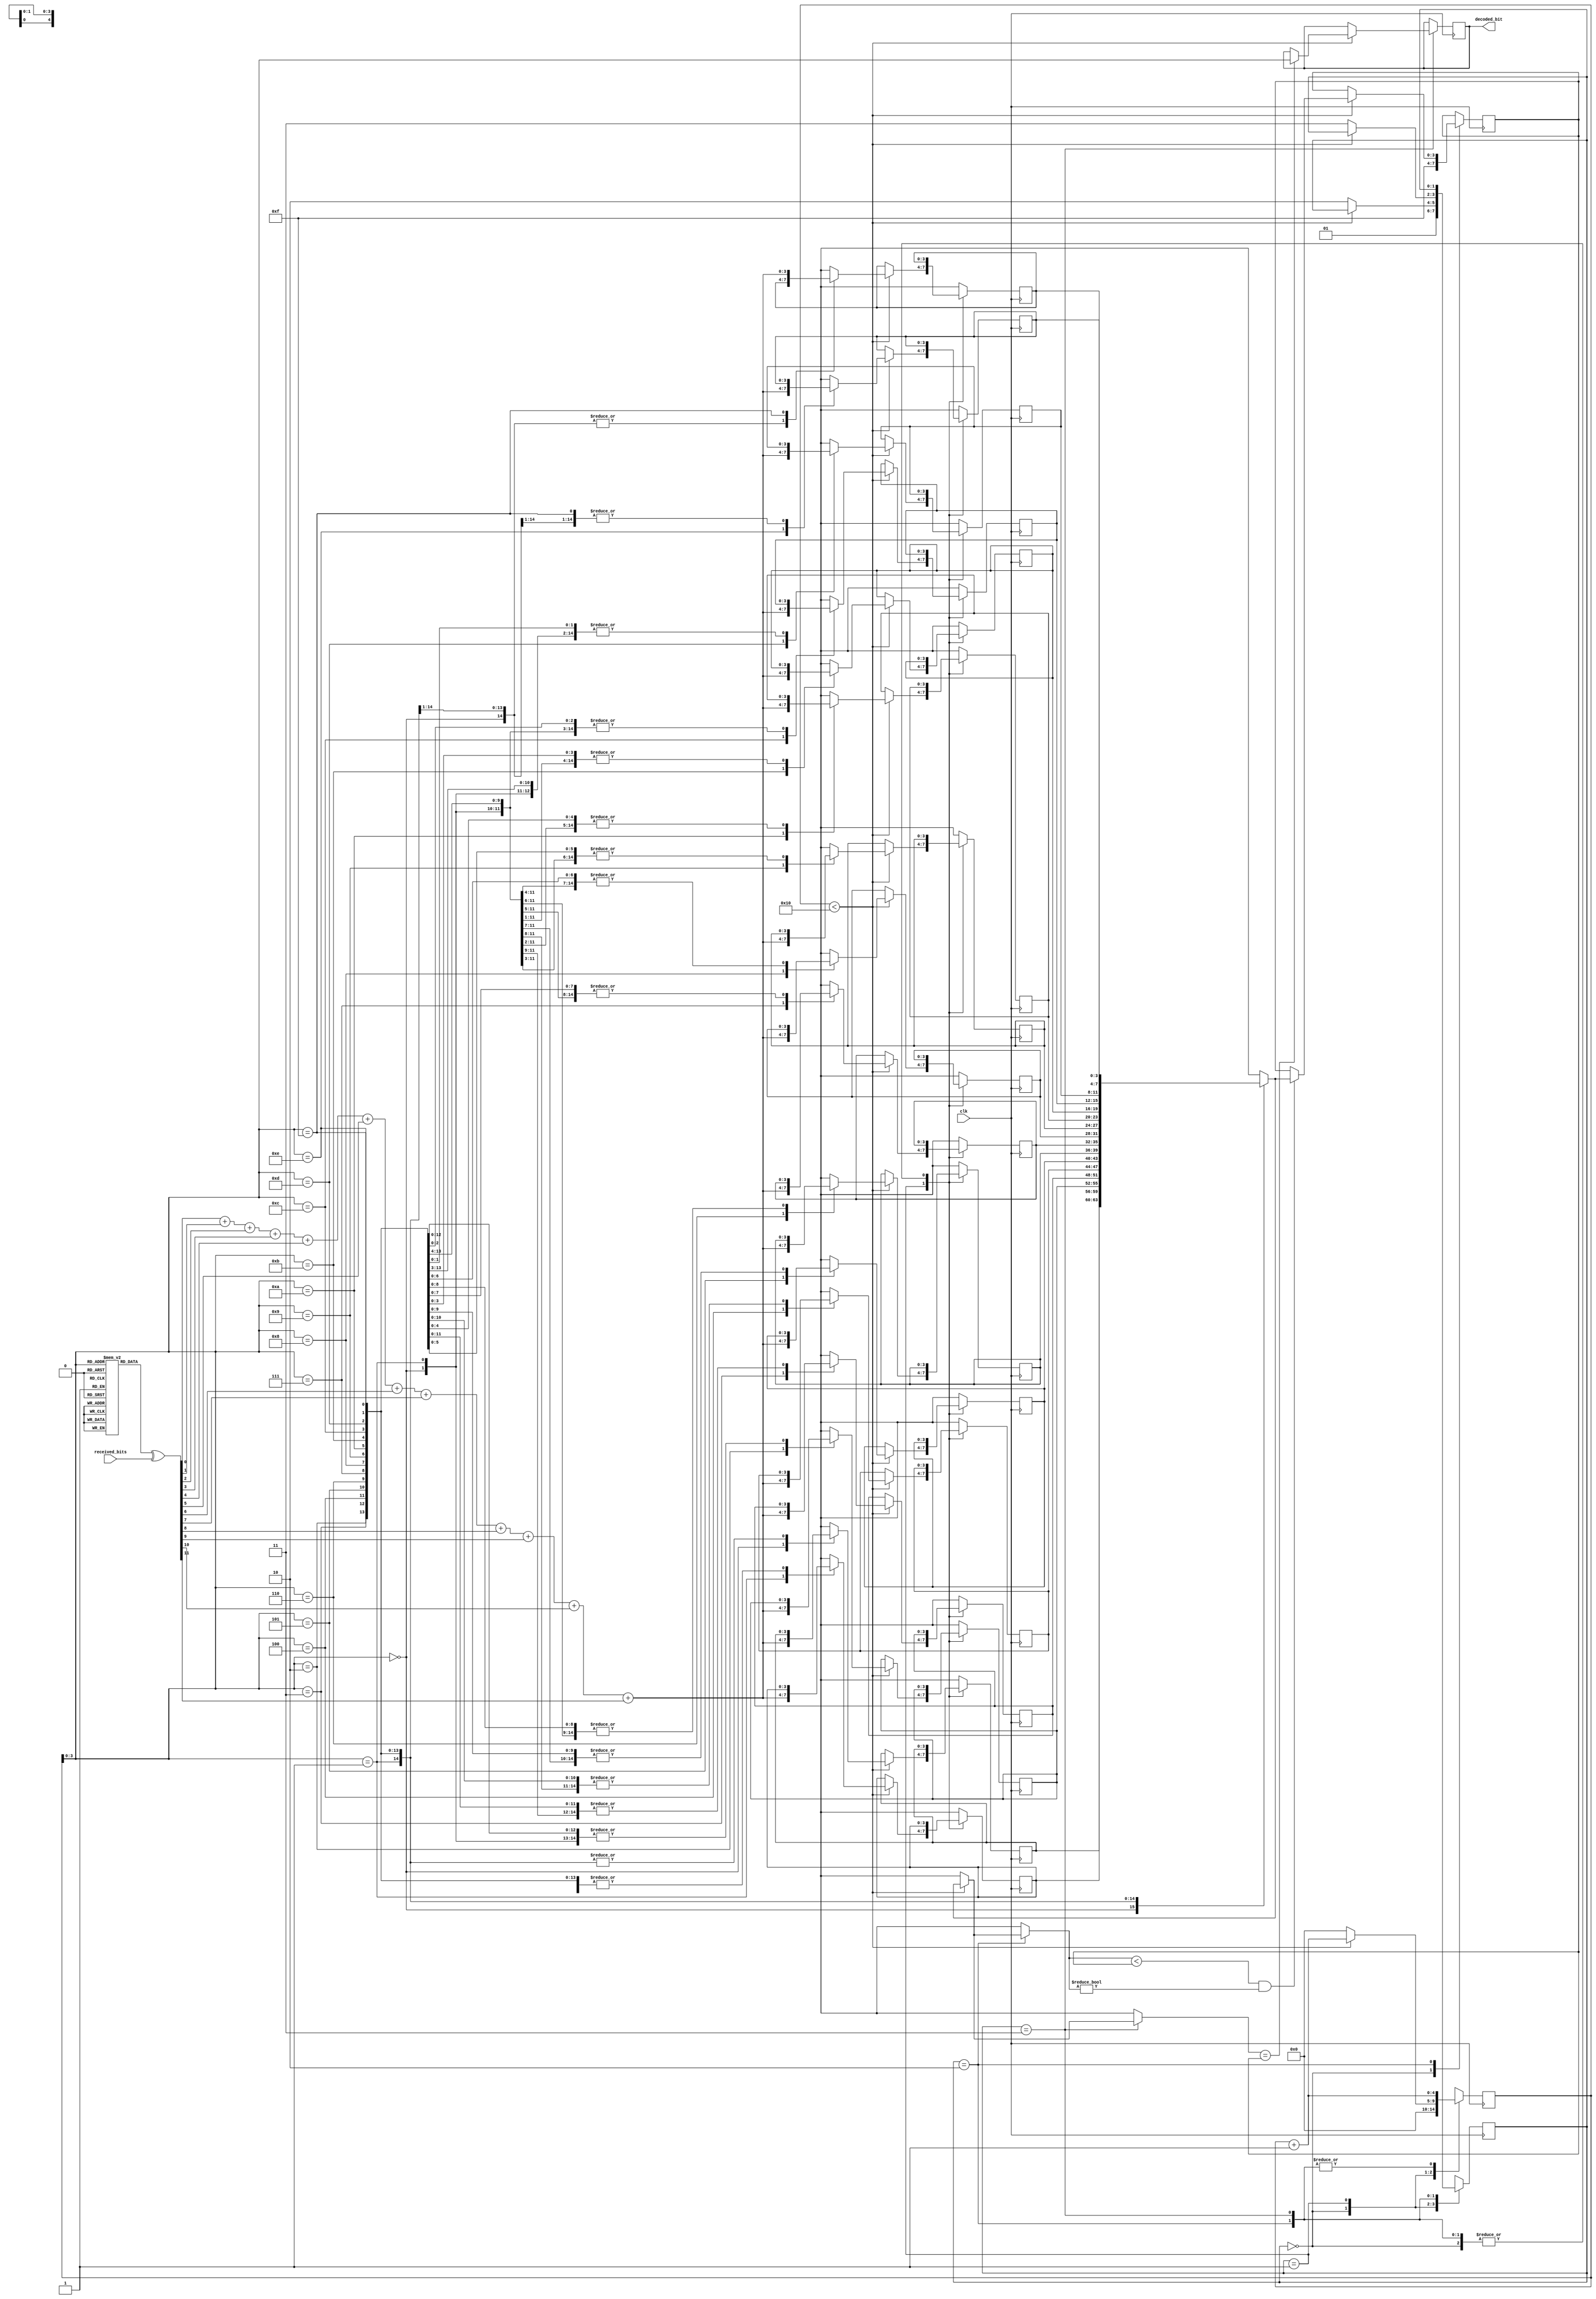


module test1 (
  input  clk,
  input  [11:0] received_bits, // Received bits (12 bits)
  output reg [3:0] decoded_bit // Decoded bit output
);

reg [11:0] cw [0:15]; // Array to hold codewords
reg [3:0] hd_a [0:15]; // Array to hold Hamming distances
reg [3:0] hd, min;
reg [4:0] i, j;
reg [11:0] diff;
reg [1:0] state;

parameter IDLE = 2'b00, CALC_HD = 2'b01, FIND_MIN = 2'b10, DECODE = 2'b11;

initial begin
  hd = 0;
  min = 4'b1111;
  state = IDLE;
  i = 0;
  j = 0;
  diff = 0;
  decoded_bit = 0;

  // Initialize the codewords
  cw[0]  <= 12'b000000000000;
  cw[1]  <= 12'b000000111011;
  cw[2]  <= 12'b000011101100;
  cw[3]  <= 12'b000011010111;
  cw[4]  <= 12'b001110110000;
  cw[5]  <= 12'b001110001011;
  cw[6]  <= 12'b001101011100;
  cw[7]  <= 12'b001101100111;
  cw[8]  <= 12'b111011000000;
  cw[9]  <= 12'b111011111011;
  cw[10] <= 12'b111000101100;
  cw[11] <= 12'b111000010111;
  cw[12] <= 12'b110101110000;
  cw[13] <= 12'b110101001011;
  cw[14] <= 12'b110110011100;
  cw[15] <= 12'b110110100111;
end

always @(posedge clk) begin
  case(state)
    IDLE: begin
      // Reset variables
      hd <= 0;
      min <= 4'b1111;
      i <= 0;
      j <= 0;
		diff = 0;
      state <= CALC_HD;
    end
    
    CALC_HD: begin
	 if(j < 16)begin
			diff = cw[j] ^ received_bits ;
			hd = diff[0]+diff[1]+diff[2]+diff[3]+diff[4]+diff[5]+diff[6]+diff[7]+diff[8]+diff[9]+diff[10]+diff[11] ;
			hd_a[j] = hd;
			j = j + 1;
	 end
		else begin
			state = FIND_MIN;
			j = 0;
			diff = 0;
		end
			
	end

    FIND_MIN: begin
      if (j < 16) begin
        if (hd_a[j] < min && hd_a[j] != 0) begin
          min <= hd_a[j];
        end
//        j = j + 1;
      end else begin
        state <= DECODE;
        j <= 0;
      end
		 j <= j + 1;
    end

    DECODE: begin
      if (j < 16) begin
        if (hd_a[j] == min) begin
          decoded_bit <= j;
        end
//        j = j + 1;
      end
//			else begin
//        state <= IDLE;
//      end
		 j <= j + 1;
    end

  endcase
end

endmodule